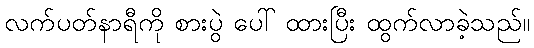
လက်ပတ်နာရီကို စားပွဲ ပေါ် ထားပြီး ထွက်လာခဲ့သည်။